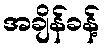
အချိန်ခန့်